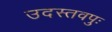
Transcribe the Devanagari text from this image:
उदस्तवपुः